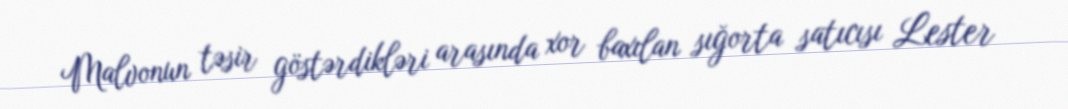
Malvonun təsir göstərdikləri arasında xor baxılan sığorta satıcısı Lester